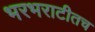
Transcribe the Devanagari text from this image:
भरभराटीतच